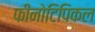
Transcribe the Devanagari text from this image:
फीनोटिपिकल